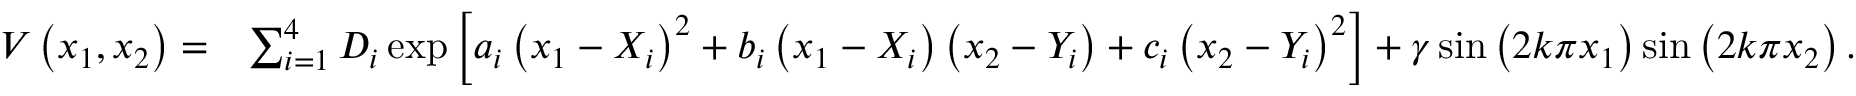
\begin{array} { r l } { V \left( x _ { 1 } , x _ { 2 } \right) = } & { \sum _ { i = 1 } ^ { 4 } D _ { i } \exp \left[ a _ { i } \left( x _ { 1 } - X _ { i } \right) ^ { 2 } + b _ { i } \left( x _ { 1 } - X _ { i } \right) \left( x _ { 2 } - Y _ { i } \right) + c _ { i } \left( x _ { 2 } - Y _ { i } \right) ^ { 2 } \right] + \gamma \sin \left( 2 k \pi x _ { 1 } \right) \sin \left( 2 k \pi x _ { 2 } \right) . } \end{array}